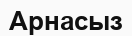
Арнасыз